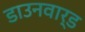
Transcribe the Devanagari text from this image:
डाउनवार्ड